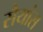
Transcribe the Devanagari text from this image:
सैयांस